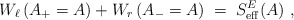
\begin{align*}W_\ell \left( A_+=A\right) + W_r \left( A_- =A\right) \;=\; S_{\rm eff}^E (A)~,\end{align*}